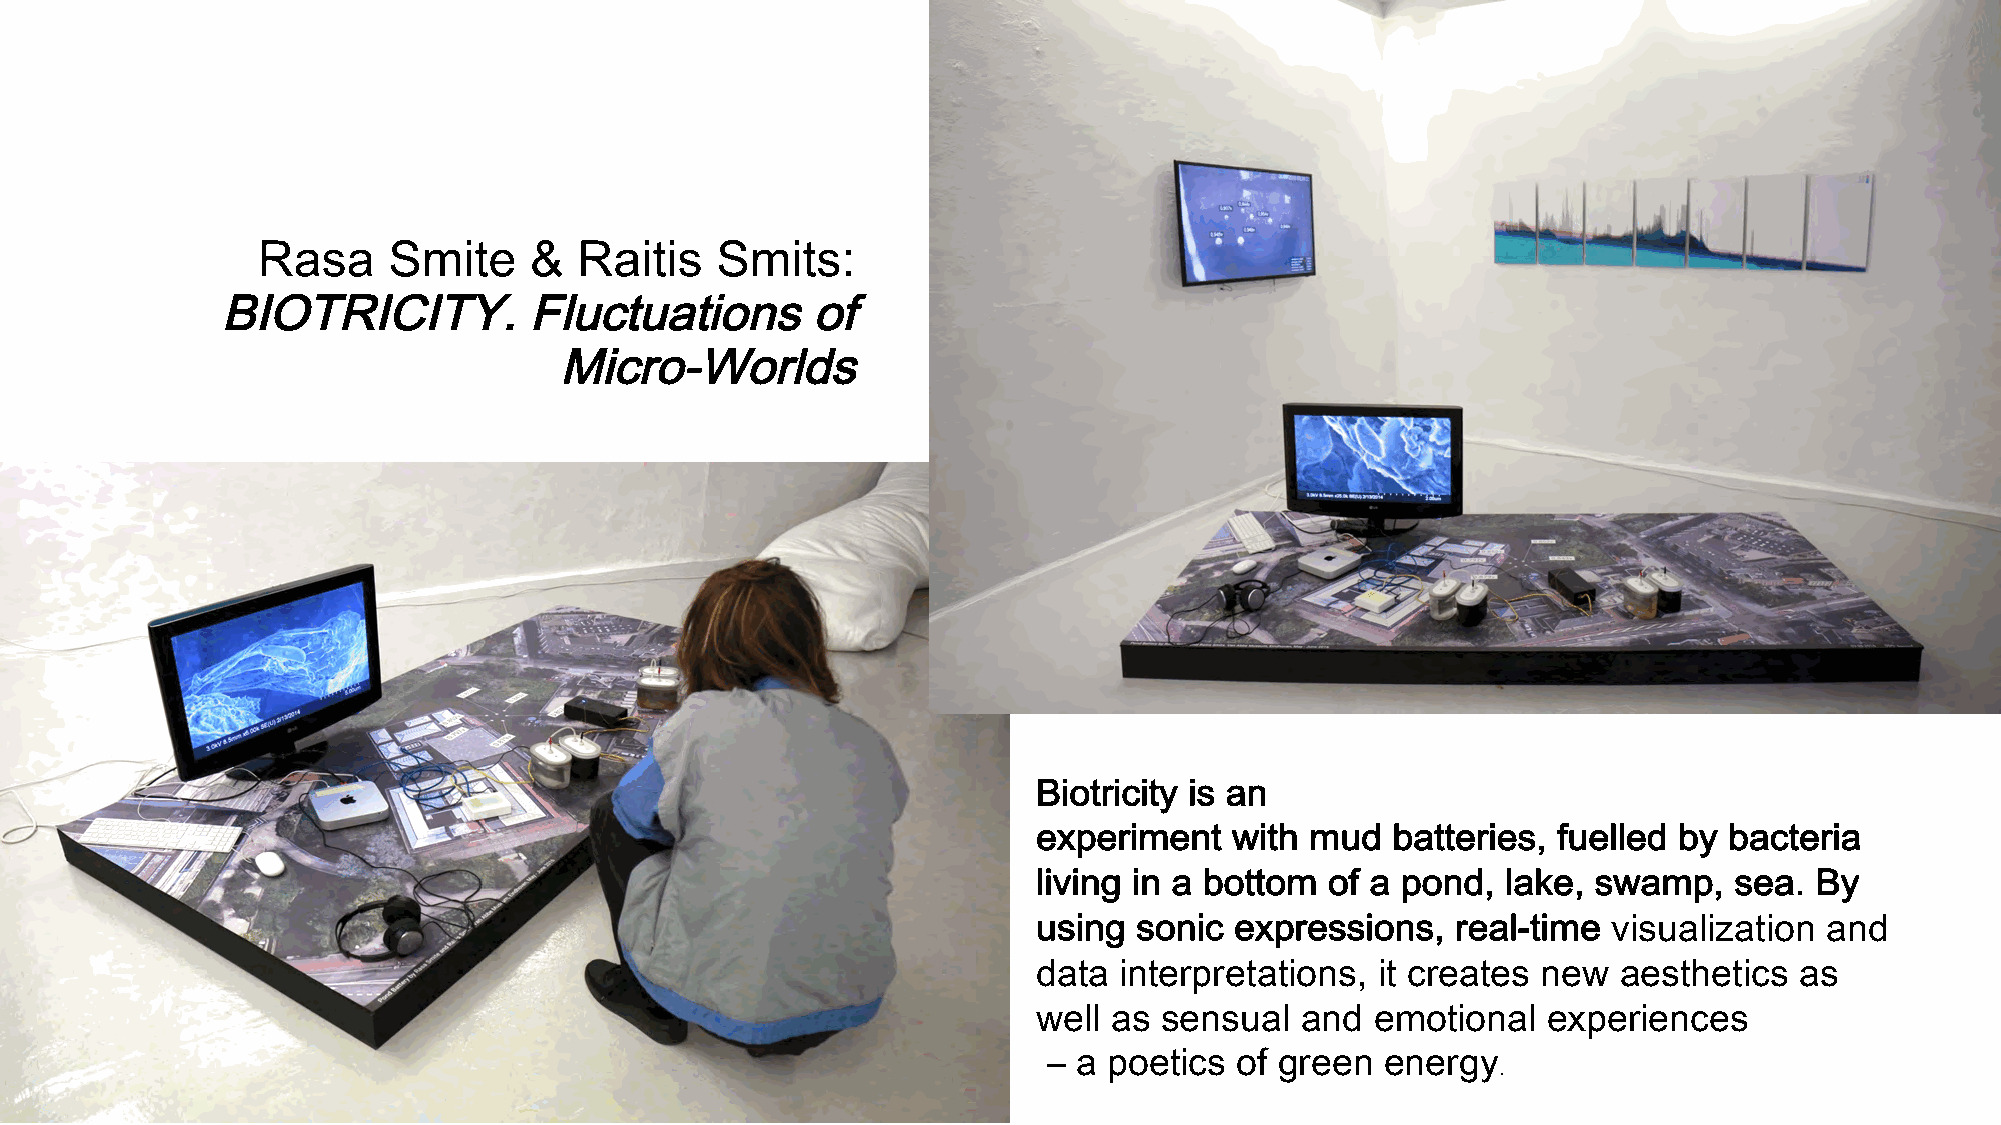
Rasa     Smite    &  Raitis   Smits:
 BIOTRICITY.          Fluctuationsof
 Micro-Worlds
 Biotricity is an
 experiment   with mud  batteries, fuelled by bacteria
 living in a bottom of a pond,  lake, swamp,   sea. By
 using sonic  expressions,  real-time  visualization and
 data interpretations, it creates new  aesthetics  as
 well as sensual  and  emotional  experiences
 – a poetics  of green  energy
 .